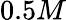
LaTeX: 0.5M